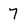
Character: 7